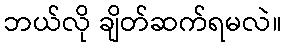
ဘယ်လို ချိတ်ဆက်ရမလဲ။